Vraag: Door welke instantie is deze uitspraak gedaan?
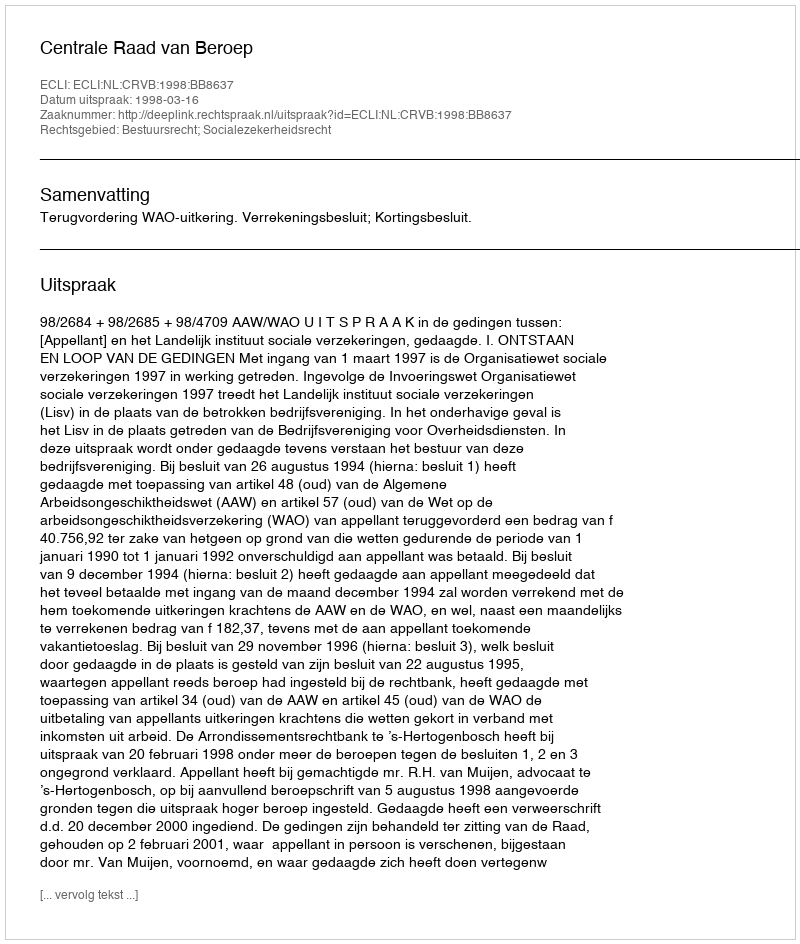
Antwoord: Centrale Raad van Beroep